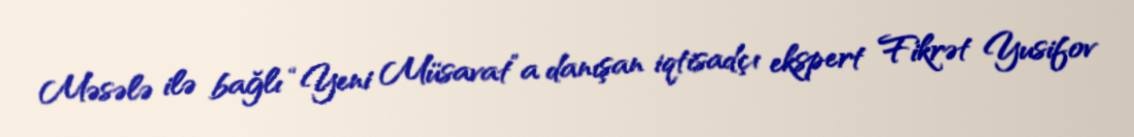
Məsələ ilə bağlı “Yeni Müsavat”a danışan iqtisadçı ekspert Fikrət Yusifov